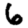
Digit: 6